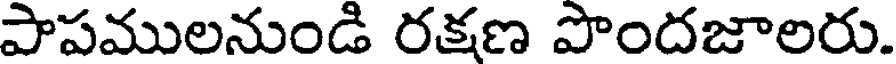
పాపములనుండి రక్షణ పొందజాలరు.